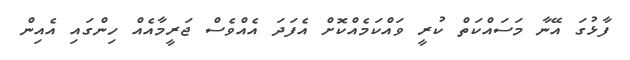
ފާޅުގަ އޭނާ މަސައްކަތް ކުރީ ވައްކަމެއްކޮށް އެފަދަ އެއްވެސް ޖަރީމާއެއް ހިންގައި އެއިން